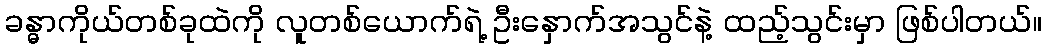
ခန္ဓာကိုယ်တစ်ခုထဲကို လူတစ်ယောက်ရဲ့ ဦးနှောက်အသွင်နဲ့ ထည့်သွင်းမှာ ဖြစ်ပါတယ်။